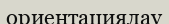
ориентациялау